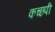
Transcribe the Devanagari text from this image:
कच्छपी